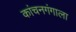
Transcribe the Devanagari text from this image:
कांचनगंगाला